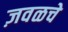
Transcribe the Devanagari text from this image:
ज़वळचे